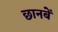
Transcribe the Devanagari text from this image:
छानबें